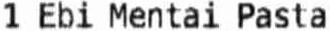
1 EBI MENTAI PASTA